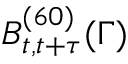
B _ { t , t + \tau } ^ { ( 6 0 ) } ( \Gamma )